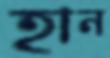
হান